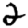
Digit: 2